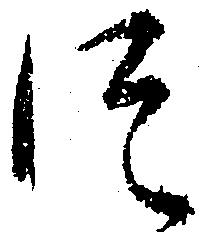
つ